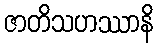
ဇာတိသဟဿာနိ